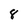
Character: 8